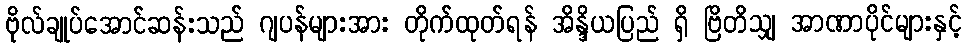
ဗိုလ်ချုပ်အောင်ဆန်းသည် ဂျပန်များအား တိုက်ထုတ်ရန် အိန္ဒိယပြည် ရှိ ဗြိတိသျှ အာဏာပိုင်များနှင့်